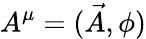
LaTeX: A^{\mu}=({\vec{A}},\phi)